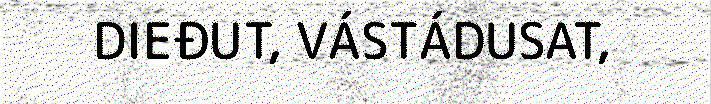
DIEĐUT, VÁSTÁDUSAT,